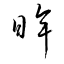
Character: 眸